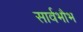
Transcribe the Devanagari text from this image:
सार्वभौभ